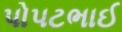
પોપટભાઈ